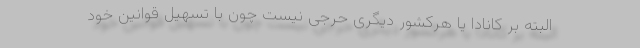
البته بر کانادا یا هرکشور دیگری حرجی نیست چون با تسهیل قوانین خود